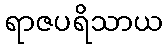
ရာဇပရိသာယ